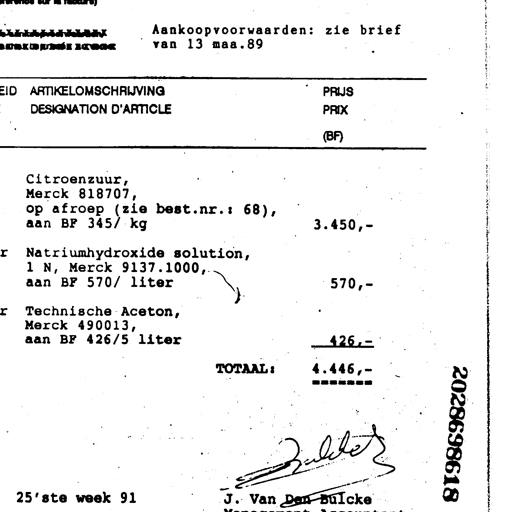
Aankoopvoorwaarden: zie brief
van 13 maa.89
ARTIKELOMSCHRIJVING PRIJS
DESIGNATION D'ARTICLE PRIX
(BF)
Citroenzuur,
Merck 818707,
op afroep (zie best.nr.: 68),
aan BF 345/ kg 3.450,-
Natriumhydroxide solution,
1 N, Merck 9137.1000,
aan BF 570/ liter 570,-
Technische Aceton,
Merck 490013,
aan BF 426/5 liter 426,-
TOTAAL: 4.446,-
=======
Bulcke
25'ste week 91 J. Van Den Bulcke
2028698618